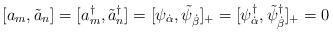
LaTeX: \begin{align*}[ a_{m} , \tilde{a}_{n} ] = [ a^{\dagger}_{m} , \tilde{a}^{\dagger}_{n} ] = [ \psi_{\dot{\alpha}} , \tilde{\psi}_{\dot{\beta}}]_{+} =[ \psi^{\dagger}_{\dot{\alpha}} , \tilde{\psi}^{\dagger}_{\dot{\beta}}]_{+} = 0 \end{align*}